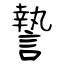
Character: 謺